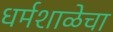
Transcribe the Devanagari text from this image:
धर्मशाळेचा